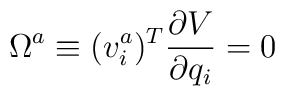
\Omega^a \equiv (v_i^a)^T {{\partial V}\over{\partial q_i}}=0